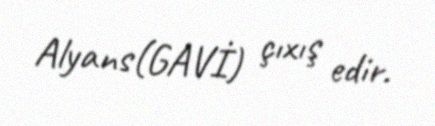
Alyans(GAVİ) çıxış edir.